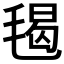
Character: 𣮷